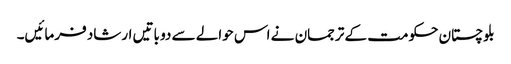
بلوچستان حکومت کے ترجمان نے اس حوالے سے دو باتیں ارشاد فرمائیں۔